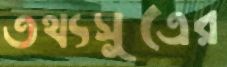
তথ্যসূত্রের